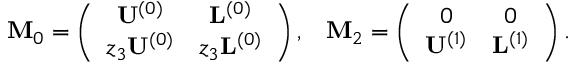
\begin{array} { r l r } & { \mathbf { M } _ { 0 } = \left( \begin{array} { c c } { \mathbf { U } ^ { ( 0 ) } } & { \mathbf { L } ^ { ( 0 ) } } \\ { z _ { 3 } \mathbf { U } ^ { ( 0 ) } } & { z _ { 3 } \mathbf { L } ^ { ( 0 ) } } \end{array} \right) , } & { \mathbf { M } _ { 2 } = \left( \begin{array} { c c } { 0 } & { 0 } \\ { \mathbf { U } ^ { ( 1 ) } } & { \mathbf { L } ^ { ( 1 ) } } \end{array} \right) . } \end{array}